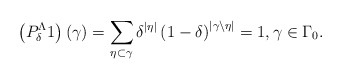
\begin{align*}\left( P_{\delta }^\Lambda 1\right) \left( \gamma\right)=\sum_{\eta \subset \gamma }\delta ^{\left\vert \eta\right\vert }\left( 1-\delta \right) ^{\left\vert \gamma \setminus\eta \right\vert }=1, \gamma \in\Gamma_0.\end{align*}